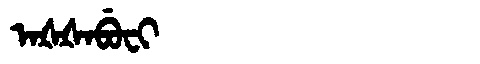
Manchu: ᠠᡧᡧᠠᠪᡠᠸᡳ
Romanization: AŠŠABUFI